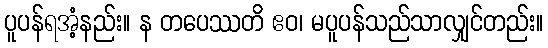
ပူပန်ရအံ့နည်း။ န တပေဿတိ ဧဝ၊ မပူပန်သည်သာလျှင်တည်း။